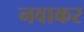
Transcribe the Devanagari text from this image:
नवाकर